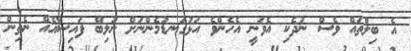
އެ ބިލްތައް ވެސް ނުދެކި އެވަނީ އެހެންވެ އަޅުގަނޑުމެންނަށް ނުލިބޭ ފައިސާއެއް ނެތިން